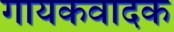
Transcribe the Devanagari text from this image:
गायकवादक